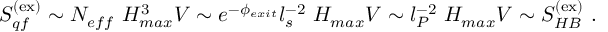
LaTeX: S _ { q f } ^ { ( \mathrm { e x } ) } \sim N _ { e f f } ~ H _ { m a x } ^ { 3 } V \sim e ^ { - \phi _ { e x i t } } l _ { s } ^ { - 2 } ~ H _ { m a x } V \sim l _ { P } ^ { - 2 } ~ H _ { m a x } V \sim S _ { H B } ^ { ( \mathrm { e x } ) } ~ .